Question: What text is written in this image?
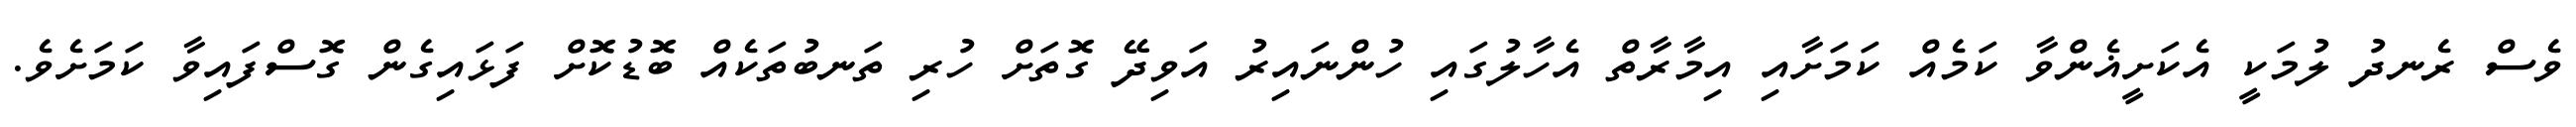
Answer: ވެސް ރެނދު ލުމަކީ އެކަށީޣެންވާ ކަމެއް ކަމަށާއި އިމާރާތް އެހާލުގައި ހުންނައިރު އަވިދޭ ގޮތަށް ހުރި ތަނބުތަކެއް ބޮޑުކޮށް ފަޅައިގެން ގޮސްފައިވާ ކަމަށެވެ.